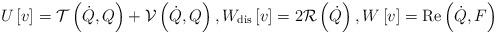
LaTeX: \begin{align*}U\left[ v\right] =\mathcal{T}\left( \dot{Q},Q\right) +\mathcal{V}\left(\dot{Q},Q\right) ,W_{\mathrm{dis}}\left[ v\right] =2\mathcal{R}\left( \dot{Q}\right) ,W\left[ v\right] =\operatorname{Re}\left( \dot{Q},F\right) \end{align*}